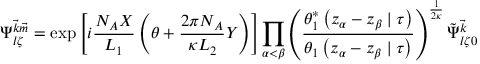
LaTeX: \Psi _ { l \zeta } ^ { { \vec { k } } { \vec { m } } } = \exp \left[ i \frac { N _ { A } X } { L _ { 1 } } \left( \theta + \frac { 2 \pi N _ { A } } { \kappa L _ { 2 } } Y \right) \right] \prod _ { \alpha < \beta } \left( \frac { \theta _ { 1 } ^ { \ast } \left( z _ { \alpha } - z _ { \beta } \mid \tau \right) } { \theta _ { 1 } \left( z _ { \alpha } - z _ { \beta } \mid \tau \right) } \right) ^ { \frac { 1 } { 2 \kappa } } \tilde { \Psi } _ { l \zeta 0 } ^ { { \vec { k } } }